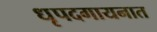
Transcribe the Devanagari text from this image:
धृपदगायनात